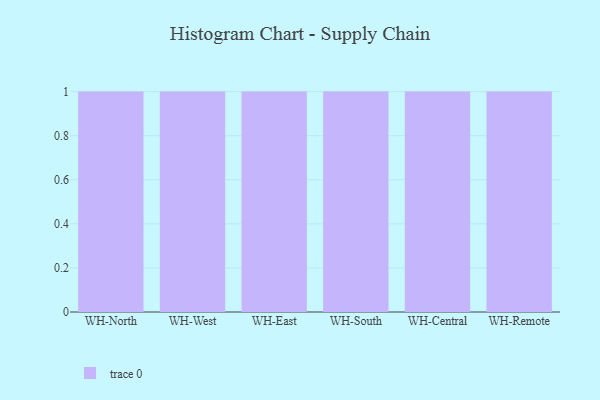
{"axis": {"x": "Warehouse", "y": "Market Share (%)"}, "legend": [""], "data": [{"x": "WH-North", "y": 60, "type": ""}, {"x": "WH-West", "y": 39, "type": ""}, {"x": "WH-East", "y": 16, "type": ""}, {"x": "WH-South", "y": 51, "type": ""}, {"x": "WH-Central", "y": 69, "type": ""}, {"x": "WH-Remote", "y": 85, "type": ""}]}